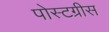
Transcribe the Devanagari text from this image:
पोस्टग्रीस